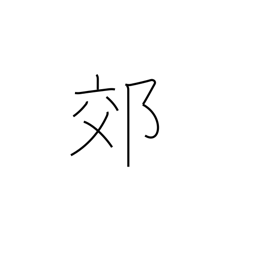
Meaning: outskirts